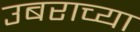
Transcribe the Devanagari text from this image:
उबराच्या